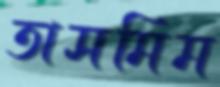
তাসমিম